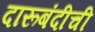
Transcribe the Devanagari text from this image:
दारूबंदीची